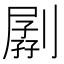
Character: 𠟉